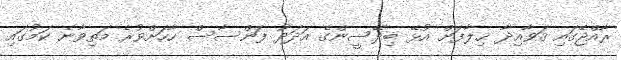
ރާއްޖޭގައި ޤަވާއިދާ ޚިލާފަށް އުޅޭ ބިދޭސީންގެ އަދަދު ފަންސާސް ހާހަށްވުރެ މަތިވާނެ ކަމުގައި